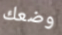
وضعك